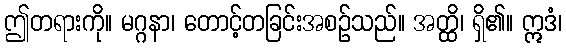
ဤတရားကို။ မဂ္ဂနာ၊ တောင့်တခြင်းအစဉ်သည်။ အတ္ထိ၊ ရှိ၏။ ဣဒံ၊